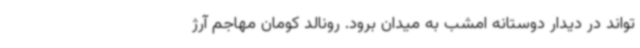
تواند در دیدار دوستانه امشب به میدان برود. رونالد کومان مهاجم آرژ